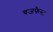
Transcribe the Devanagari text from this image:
बजफैस्ट